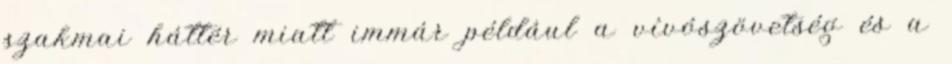
szakmai háttér miatt immár például a vívószövetség és a